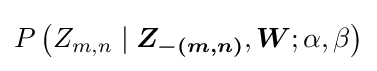
P\left(Z_{m,n}\mid {\boldsymbol {Z_{-(m,n)}}},{\boldsymbol {W}};\alpha ,\beta \right)